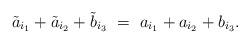
LaTeX: \begin{align*}\tilde{a}_{i_1} + \tilde{a}_{i_2} + \tilde{b}_{i_3}~=~a_{i_1} + a_{i_2} + b_{i_3}.\end{align*}